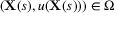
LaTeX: ( \mathbf { X } ( s ) , u ( \mathbf { X } ( s ) ) ) \in \Omega